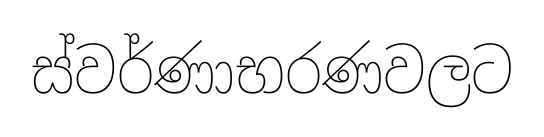
ස්වර්ණාභරණවලට